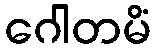
ဂေါတမိံ